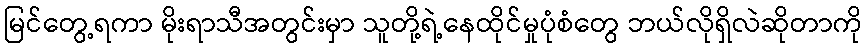
မြင်တွေ့ရကာ မိုးရာသီအတွင်းမှာ သူတို့ရဲ့နေထိုင်မှုပုံစံတွေ ဘယ်လိုရှိလဲဆိုတာကို